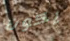
يكون